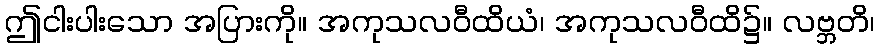
ဤငါးပါးသော အပြားကို။ အကုသလဝီထိယံ၊ အကုသလဝီထိ၌။ လဗ္ဘတိ၊